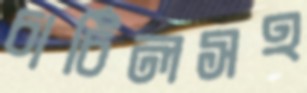
চার্চিলসহ